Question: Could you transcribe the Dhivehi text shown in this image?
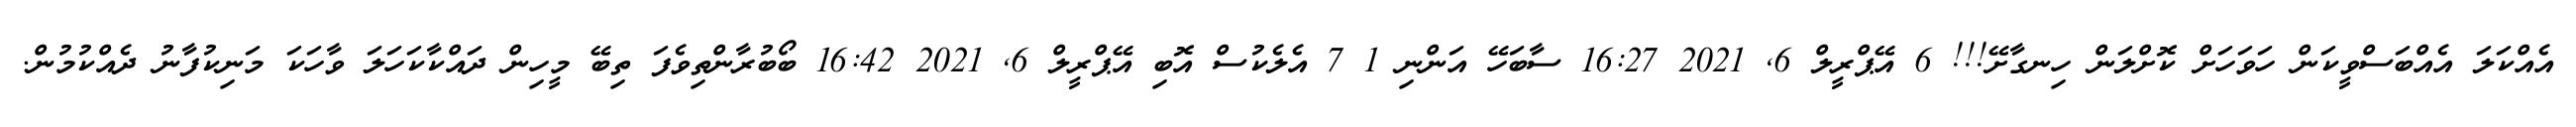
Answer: އެއްކަލަ އެއްބަސްވީކަން ހަވަހަށް ކޮށްލަން ހިނގާށޭ!!! 6 އޭޕްރީލް 6, 2021 16:27 ސާބަހޭ އަންނި 1 7 އެލެކުސް އޮބި އޭޕްރީލް 6, 2021 16:42 ބޯބުރާންތިވެފަ ތިބޭ މީހިން ދައްކާކަހަލަ ވާހަކަ މަނިކުފާނު ދެއްކުމުން.